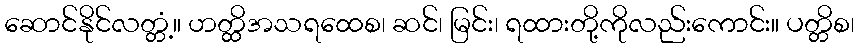
ဆောင်နိုင်လတ္တံ့။ ဟတ္ထိအသရထေစ၊ ဆင်၊ မြင်း၊ ရထားတို့ကိုလည်းကောင်း။ ပတ္တိစ၊